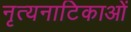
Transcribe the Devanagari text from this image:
नृत्यनाटिकाओं